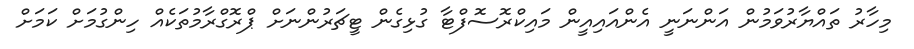
މިހާރު ތައްޔާރުވަމުން އަންނަނީ އެންއައިއީން މައިކްރޮސޮފްޓާ ގުޅިގެން ޓީޗަރުންނަށް ޕްރޮގްރާމުތަކެއް ހިންގުމަށް ކަމަށް